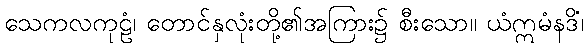
သေကလကုဠံ၊ တောင်နှလုံးတို့၏အကြား၌ စီးသော။ ယံဣမံနဒိံ၊